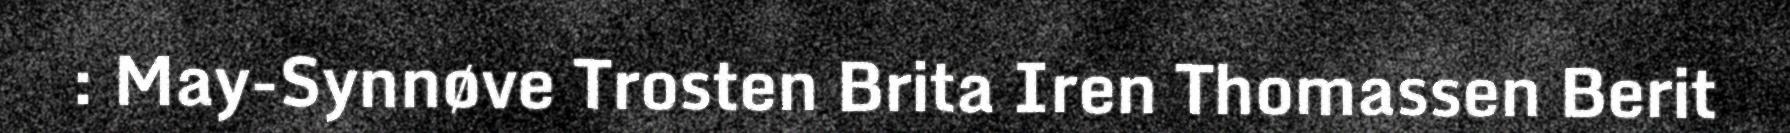
: May-Synnøve Trosten Brita Iren Thomassen Berit